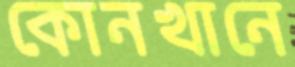
কোনখানে